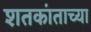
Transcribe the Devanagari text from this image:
शतकांताच्या